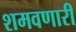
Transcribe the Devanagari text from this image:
शमवणारी